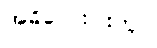
အဓိလေးပါးတွင်